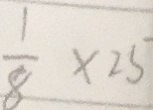
\frac { 1 } { 8 } \times 2 5